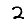
Digit: 2